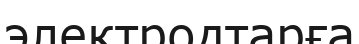
электродтарға